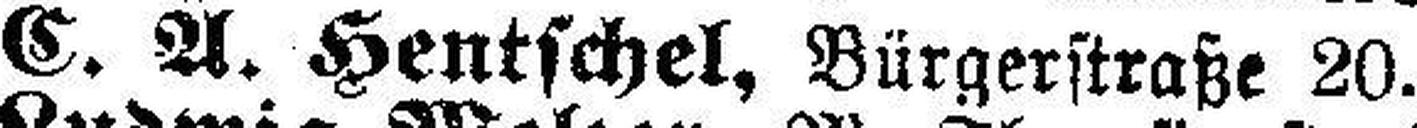
C. A. Hentschel, Bürgerstraße 20.